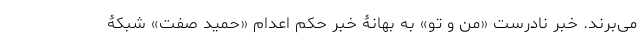
می‌برند. خبر نادرست «من و تو» به بهانۀ خبر حکم اعدام «حمید صفت» شبکۀ